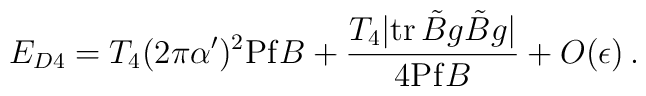
E_{D4} = T_{4}(2\pi\alpha')^{2}{\rm Pf}B + \frac{T_{4}|{\rm tr}\, \tilde Bg\tilde Bg|}{4{\rm Pf}B} + O(\epsilon) \, .